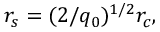
r _ { s } = ( 2 / q _ { 0 } ) ^ { 1 / 2 } r _ { c } ,